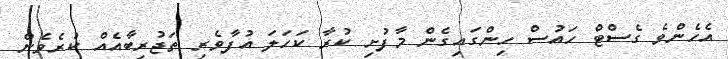
އެހެންވެ ގެސްޓް ހައުސް ހިންގައިގެން މާފުށި ކުރާ ކަހަލަ އުފާވެރި ތަޖުރިބާއެއް ކުރެވެން